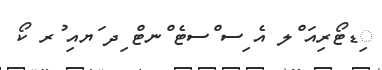
ިޑޓޯރިއަ ްލ އެ ިސ ްސޓެ ްނޓް ިދ ަޔއި ުރ ކޯ